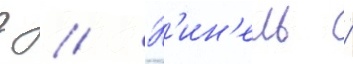
г // К'ин'ель /